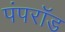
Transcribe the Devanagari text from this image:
पंपरॉड